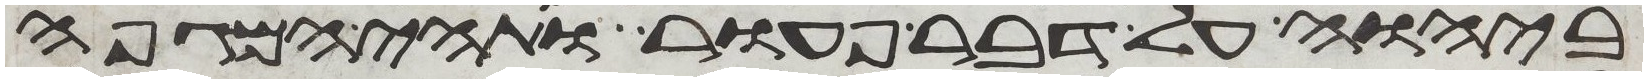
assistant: ביהוה על דבר פעור ותהי המגפה